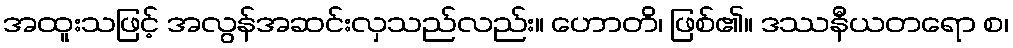
အထူးသဖြင့် အလွန်အဆင်းလှသည်လည်း။ ဟောတိ၊ ဖြစ်၏။ ဒဿနီယတရော စ၊